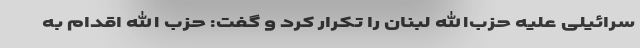
سرائیلی علیه حزب‌الله لبنان را تکرار کرد و گفت: حزب الله اقدام به